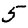
Digit: 5